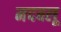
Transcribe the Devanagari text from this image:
मदबलू